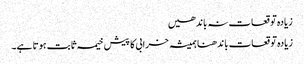
زیادہ توقعات نہ باندھیں
زیادہ توقعات باندھنا ہمیشہ خرابی کا پیش خیمہ ثابت ہوتا ہے۔